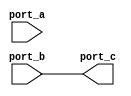
module REG_NR_MNBA (port_a, port_b, port_c);
   input port_a, port_b;
   output port_c;
   reg port_c;
   always @(port_a or port_b)
   begin
      port_c <= port_a;
      #10;
      port_c <= port_b;
   end
endmodule